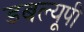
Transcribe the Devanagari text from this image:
डबल्यूपी